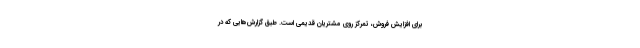
برای افزایش فروش، تمرکز روی مشتریان قدیمی است. طبق گزارش‌هایی که در